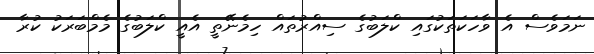
ނަމަވެސް އެ ވާހަކަތަކުގައި ކްލަބުގެ ސިއްރުތައް ހިމެނޭތީ އެއީ ކްލަބުގެ މެމްބަރަކު ކުރާ